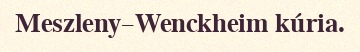
Meszleny–Wenckheim kúria.